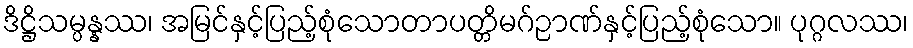
ဒိဋ္ဌိသမ္ပန္နဿ၊ အမြင်နှင့်ပြည့်စုံသောတာပတ္တိမဂ်ဉာဏ်နှင့်ပြည့်စုံသော။ ပုဂ္ဂလဿ၊